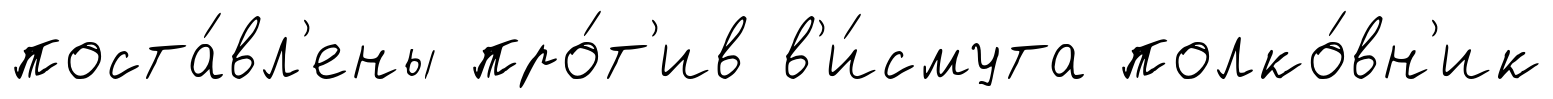
поста́вл'ены про́т'ив в'и́смута полко́вн'ик